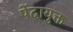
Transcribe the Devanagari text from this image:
पेंदायुक्त